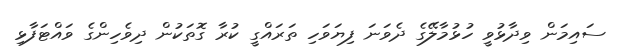
ސައިމަން ވިދާޅުވީ ހުޅުމާލޭގެ ދެވަނަ ފިޔަވަހި ތަރައްގީ ކުރާ ގޮތަކުން ދިވެހިންގެ ވައްޓަފާޅި